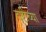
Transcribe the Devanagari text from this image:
दृष्टीच्या